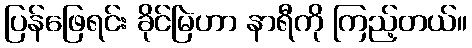
ပြန်ဖြေရင်း ခိုင်မြဲဟာ နာရီကို ကြည့်တယ်။